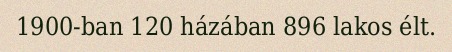
1900-ban 120 házában 896 lakos élt.